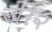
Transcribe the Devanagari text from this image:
जी२